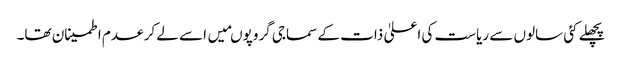
پچھلے کئی سالوں سے ریاست کی اعلیٰ ذات کے سماجی گروپوںمیں اسے لے کر عدم اطمینان تھا۔